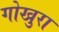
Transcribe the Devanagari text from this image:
गोखुरा